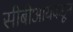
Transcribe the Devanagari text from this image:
सीबीआयकडून